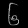
Digit: ၆